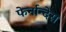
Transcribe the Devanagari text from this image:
फेर्नान्देस